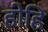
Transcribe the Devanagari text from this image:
होहि